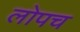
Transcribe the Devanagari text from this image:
लोपच